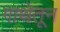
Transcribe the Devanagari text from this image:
गाथेतून